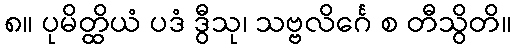
၈။ ပုမိတ္ထိယံ ပဒံ ဒွီသု၊ သဗ္ဗလိင်္ဂေ စ တီသွိတိ။